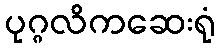
ပုဂ္ဂလိကဆေးရုံ